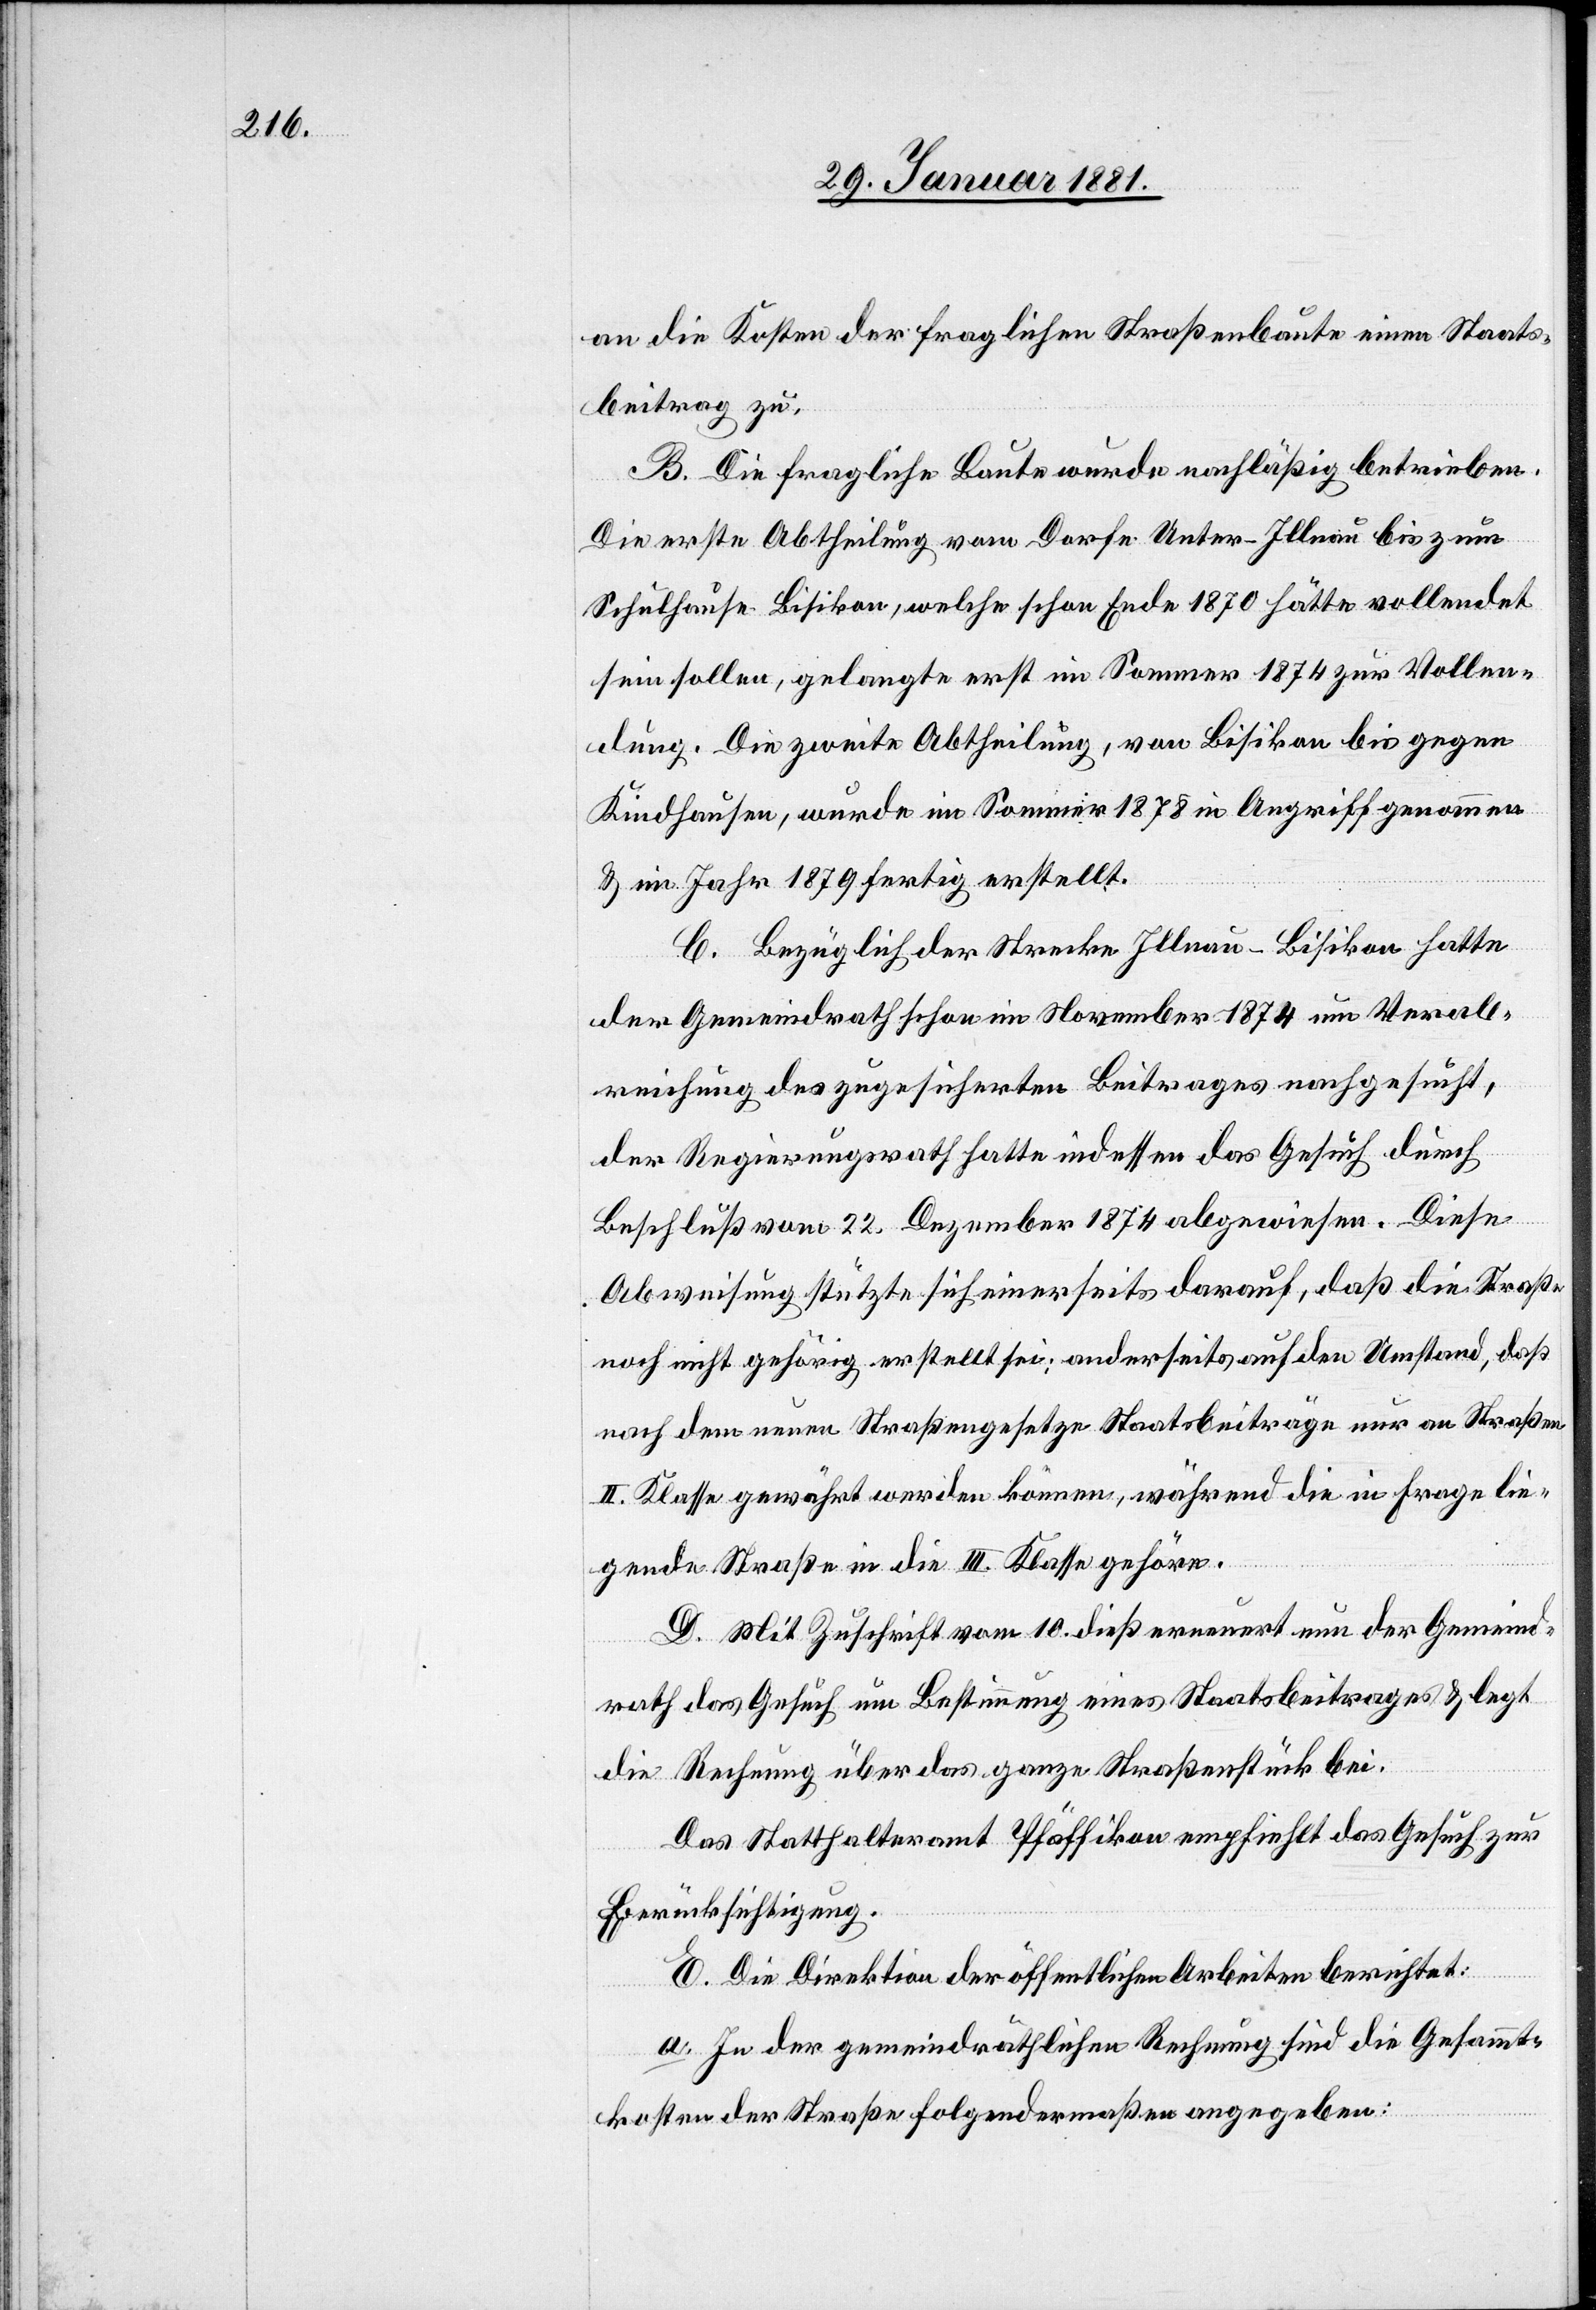
an die Kosten der fraglichen Straßenbaute einen Staats¬
beitrag zu.
B. Die fragliche Baute wurde nachläßig betrieben.
Die erste Abtheilung vom Dorfe Unter-Illnau bis zum
Schulhause Bisikon, welche schon Ende 1870 hätte vollendet
sein sollen, gelangte erst im Sommer 1874 zur Vollen¬
dung. Die zweite Abtheilung, von Bisikon bis gegen
Kindhausen, wurde im Sommer 1878 in Angriff genommen
& im Jahr 1879 fertig erstellt.
C. Bezüglich der Strecke Illnau–Bisikon hatte
der Gemeindrath schon im November 1874 um Verab¬
reichung des zugesicherten Beitrages nachgesucht,
der Regierungsrath hatte indessen das Gesuch durch
Beschluß vom 22. Dezbr. 1874 abgewiesen. Diese
Abweisung stützte sich einerseits darauf, daß die Straße
noch nicht gehörig erstellt sei; anderseits auf den Umstand, daß
nach dem neuen Straßengesetze Staatsbeiträge nur an Straßen
II. Klasse gewährt werden können, während die in Frage lie¬
gende Straße in die III. Klasse gehöre.
D. Mit Zuschrift vom 10. dieß erneuert nun der Gemeind¬
rath das Gesuch um Bestimmung eines Staatsbeitrages & legt
die Rechnung über das ganze Straßenstück bei.
Das Statthalteramt Pfäffikon empfiehlt das Gesuch zur
Berücksichtigung.
E. Die Direktion der öffentlichen Arbeiten berichtet:
a. In der gemeindräthlichen Rechnung sind die Gesammt¬
kosten der Straße folgendermaßen angegeben